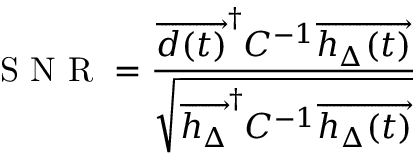
\mathrm { ~ S ~ N ~ R ~ } = \frac { \overrightarrow { d ( t ) } ^ { \dag } C ^ { - 1 } \overrightarrow { h _ { \Delta } ( t ) } } { \sqrt { \overrightarrow { h _ { \Delta } } ^ { \dag } C ^ { - 1 } \overrightarrow { h _ { \Delta } ( t ) } } }